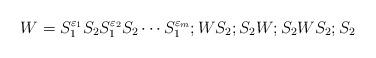
LaTeX: \begin{align*}W=S^{\varepsilon_1}_1 S_2 S^{\varepsilon_2}_1 S_2 \cdots S^{\varepsilon_m}_1;WS_2;S_2 W;S_2 W S_2;S_2 \end{align*}